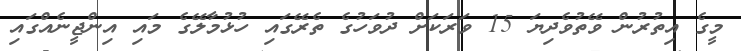
މީގެ އިތުރުން ވޭތުވެދިޔަ 15 ވަރަކަށް ދުވަހުގެ ތެރޭގައި ހުޅުމާލޭގެ މައި އިންޖީނެއްގައި